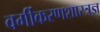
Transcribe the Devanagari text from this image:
वर्गीकरणशास्त्रज्ञ